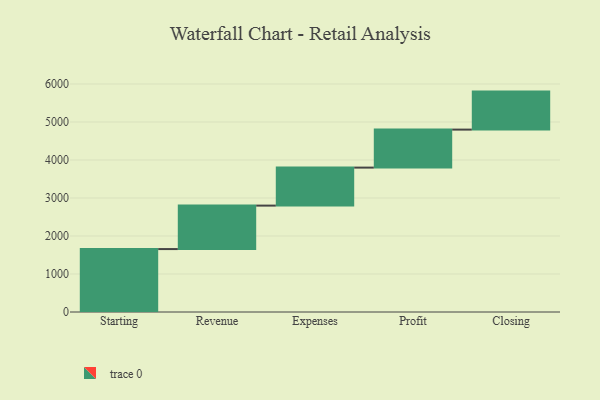
{"axis": {"x": "Step", "y": "Value"}, "legend": [""], "data": [{"x": "Starting", "y": 1656.0, "type": ""}, {"x": "Revenue", "y": 1144.0, "type": ""}, {"x": "Expenses", "y": 1000, "type": ""}, {"x": "Profit", "y": 1000, "type": ""}, {"x": "Closing", "y": 1000, "type": ""}]}